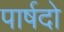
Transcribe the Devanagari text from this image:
पार्षदो